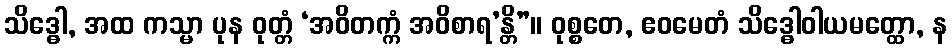
သိဒ္ဓေါ, အထ ကသ္မာ ပုန ဝုတ္တံ ‘အဝိတက္ကံ အဝိစာရ’န္တိ”။ ဝုစ္စတေ, ဧဝမေတံ သိဒ္ဓေါဝါယမတ္ထော, န